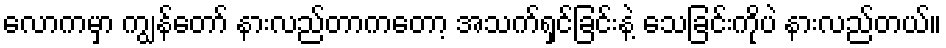
လောကမှာ ကျွန်တော် နားလည်တာကတော့ အသက်ရှင်ခြင်းနဲ့ သေခြင်းကိုပဲ နားလည်တယ်။